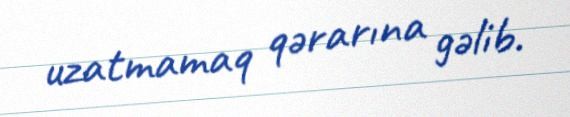
uzatmamaq qərarına gəlib.